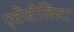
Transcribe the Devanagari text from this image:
एवेंजीलिस्टा